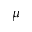
\mu